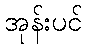
အုန်းပင်